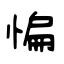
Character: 惼